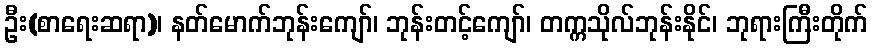
ဦး(စာရေးဆရာ)၊ နတ်မောက်ဘုန်းကျော်၊ ဘုန်းတင့်ကျော်၊ တက္ကသိုလ်ဘုန်းနိုင်၊ ဘုရားကြီးတိုက်